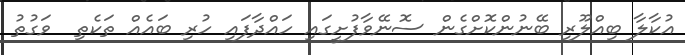
އުކާލާ ބިއްލޫރި ބޭނުންކޮށްގެން ސޮނޭވާފުށީގައި ހައްދާފައި ހުރި ބައެއް ތަކެތި  ވަގުތު